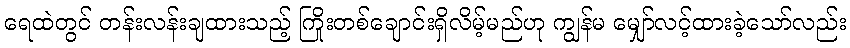
ရေထဲတွင် တန်းလန်းချထားသည့် ကြိုးတစ်ချောင်းရှိလိမ့်မည်ဟု ကျွန်မ မျှော်လင့်ထားခဲ့သော်လည်း